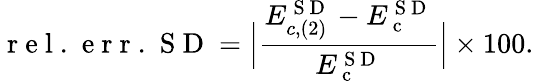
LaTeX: \mathrm{~r~e~l~.~\! ~e~r~r~.~\! ~S~D~}=\Big|\frac{E_{c,(2)}^{\mathrm{~S~D~}}-E_{\mathrm{~c~}}^{\mathrm{~S~D~}}}{E_{\mathrm{~c~}}^{\mathrm{~S~D~}}}\Big|\times 100.